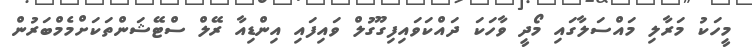
މީހަކު މަރާލި މައްސަލާގައި މޯދީ ވާހަކަ ދައްކަވައިފިގޫގުލް ވައިފައި އިންޑިއާ ރޭލް ސްޓޭޝަންތަކަށްމެމްބަރުން